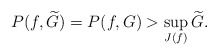
\begin{align*}P(f,\widetilde{G})=P(f,G)>\sup_{J(f)}\widetilde{G}.\end{align*}